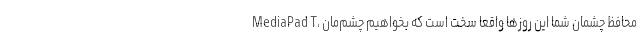
MediaPad T، محافظ چشمان شما این روزها واقعا سخت است که بخواهیم چشم‌مان